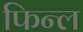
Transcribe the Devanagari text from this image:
फिन्ल